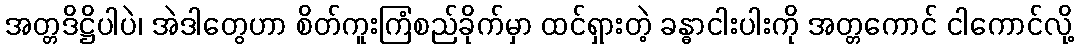
အတ္တဒိဋ္ဌိပါပဲ၊ အဲဒါတွေဟာ စိတ်ကူးကြံစည်ခိုက်မှာ ထင်ရှားတဲ့ ခန္ဓာငါးပါးကို အတ္တကောင် ငါကောင်လို့